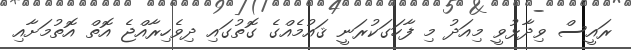
ރައީސް ވިދާޅުވީ މިއަދު މި ފާހަގަކުރަނީ ޤައުމެއްގެ ގޮތުގައި ދިވެހިރާއްޖެ އޮތް އޮތުމަށާއި